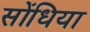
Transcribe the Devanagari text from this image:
सोंधिया